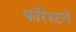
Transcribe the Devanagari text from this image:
फॉरेस्टने